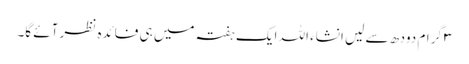
۳ گرام دودھ سے لیں انشاء اللہ ایک ہفتہ میں ہی فائدہ نظر آئے گا۔